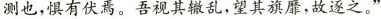
测也，惧有伏焉。吾视其辙乱，望其旗靡，故逐之。”